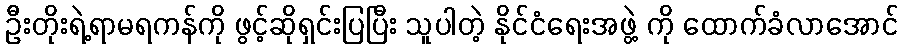
ဦးတိုးရဲ့ရာမရကန်ကို ဖွင့်ဆိုရှင်းပြပြီး သူပါတဲ့ နိုင်ငံရေးအဖွဲ့ ကို ထောက်ခံလာအောင်